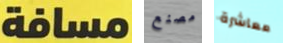
مسافة مصنع معاشرة